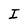
Character: I